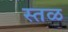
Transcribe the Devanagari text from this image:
स्तळ